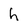
Character: h